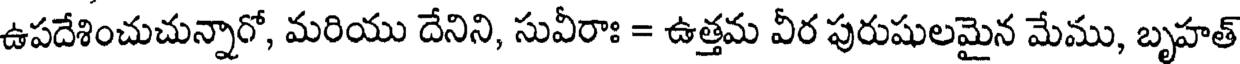
ఉపదేశించుచున్నారో, మరియు దేనిని, సువీరాః = ఉత్తమ వీర పురుషులమైన మేము, బృహత్